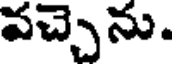
వచ్చెను.